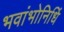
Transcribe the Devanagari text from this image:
भवांभोनिधिं